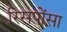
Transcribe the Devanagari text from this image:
रिसपोंसा